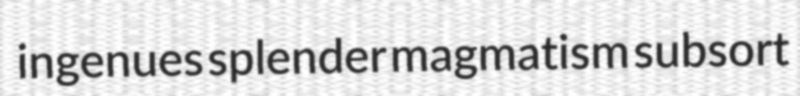
ingenues splender magmatism subsort